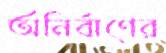
অনির্বাণের